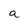
Character: a